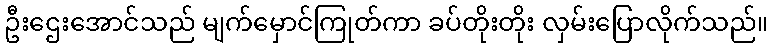
ဦးဌေးအောင်သည် မျက်မှောင်ကြုတ်ကာ ခပ်တိုးတိုး လှမ်းပြောလိုက်သည်။